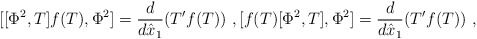
\begin{align*}[[\Phi^2,T]f(T),\Phi^2]=\frac{d}{d\hat{x}_1}(T' f(T))\ ,[f(T)[\Phi^2,T],\Phi^2]=\frac{d}{d\hat{x}_1}(T'f(T)) \ ,\end{align*}